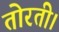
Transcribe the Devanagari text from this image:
तोरती।